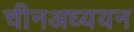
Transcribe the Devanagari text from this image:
चीनअध्ययन